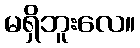
မရှိဘူးလေ။